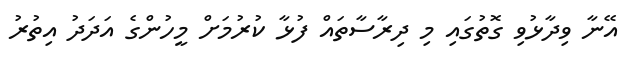
އޭނާ ވިދާޅުވި ގޮތުގައި މި ދިރާސާތައް ފުޅާ ކުރުމަށް މީހުންގެ އަދަދު އިތުރު